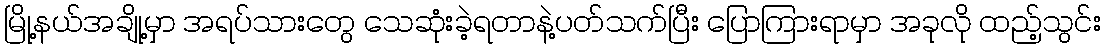
မြို့နယ်အချို့မှာ အရပ်သားတွေ သေဆုံးခဲ့ရတာနဲ့ပတ်သက်ပြီး ပြောကြားရာမှာ အခုလို ထည့်သွင်း